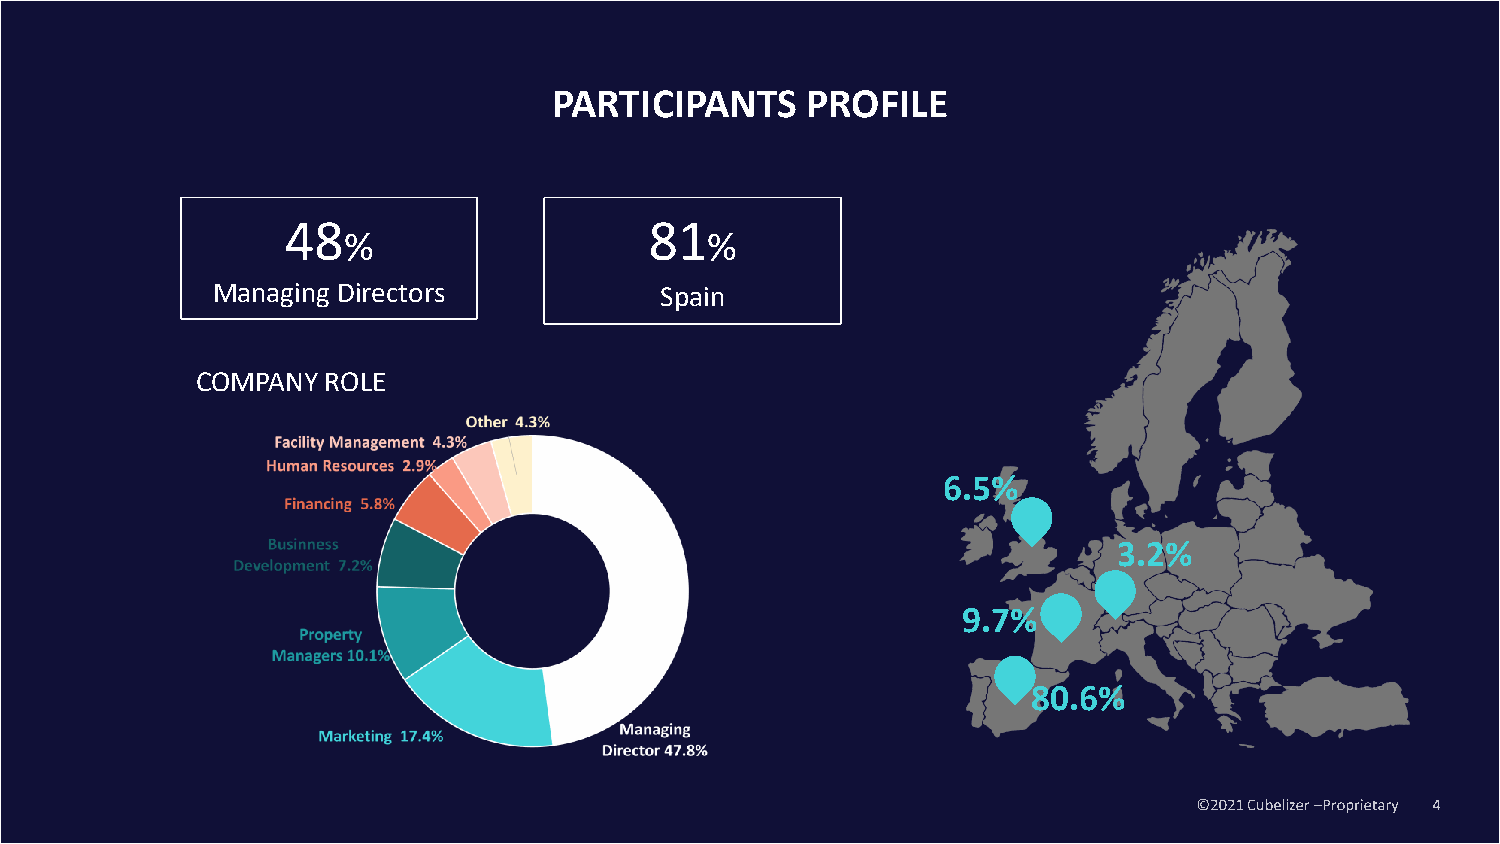
PARTICIPANTS    PROFILE
 48                      81
 %                       %
 Managing Directors            Spain
 COMPANY ROLE
 6.5%
 3.2%
 9.7%
 80.6%